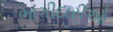
ભાગીદારીઓ